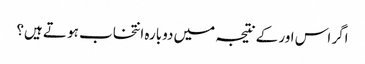
اگر اس اور کے نتیجہ میں دوبارہ انتخاب ہو تے ہیں؟